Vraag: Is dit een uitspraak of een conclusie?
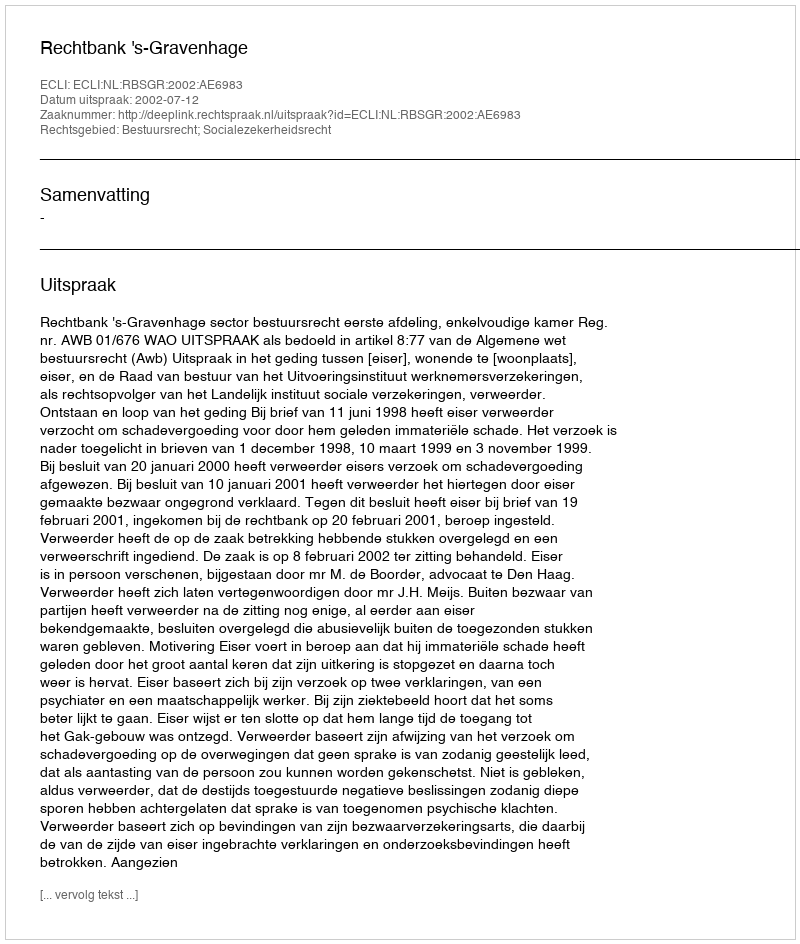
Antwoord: Uitspraak